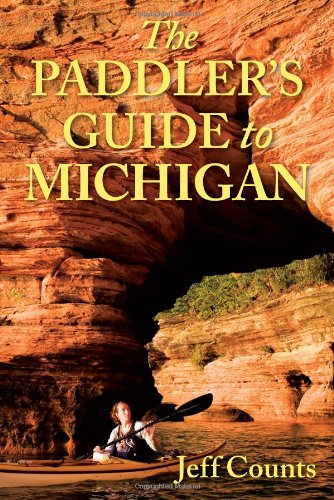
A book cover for The Paddler's Guide to Michigan; Jeff Counts; Travel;